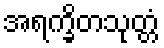
အရက္ခိတသုတ္တံ